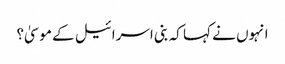
انہوں نے کہا کہ بنی اسرائیل کے موسیٰ؟